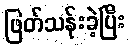
ဖြတ်သန်းခဲ့ပြီး